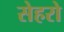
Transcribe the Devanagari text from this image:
सेहरो